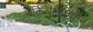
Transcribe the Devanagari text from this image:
आर्किचन्यायतन